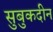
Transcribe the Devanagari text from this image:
सुबुकदीन